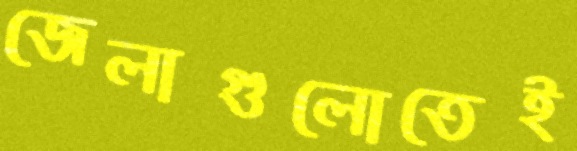
জেলাগুলোতেই